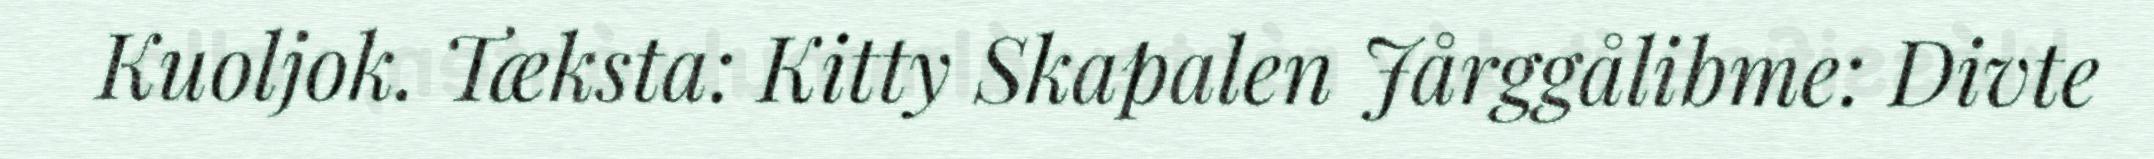
Kuoljok. Tæksta: Kitty Skapalen Jårggålibme: Divte